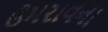
ઉમરાવના